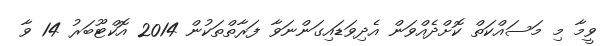
ވީމާ މި މަސައްކަތް ކޮށްދެއްވަން އެދިވަޑައިގަންނަވާ ފަރާތްތަކުން 2014 އޮކްޓޫބަރު 14 ވާ